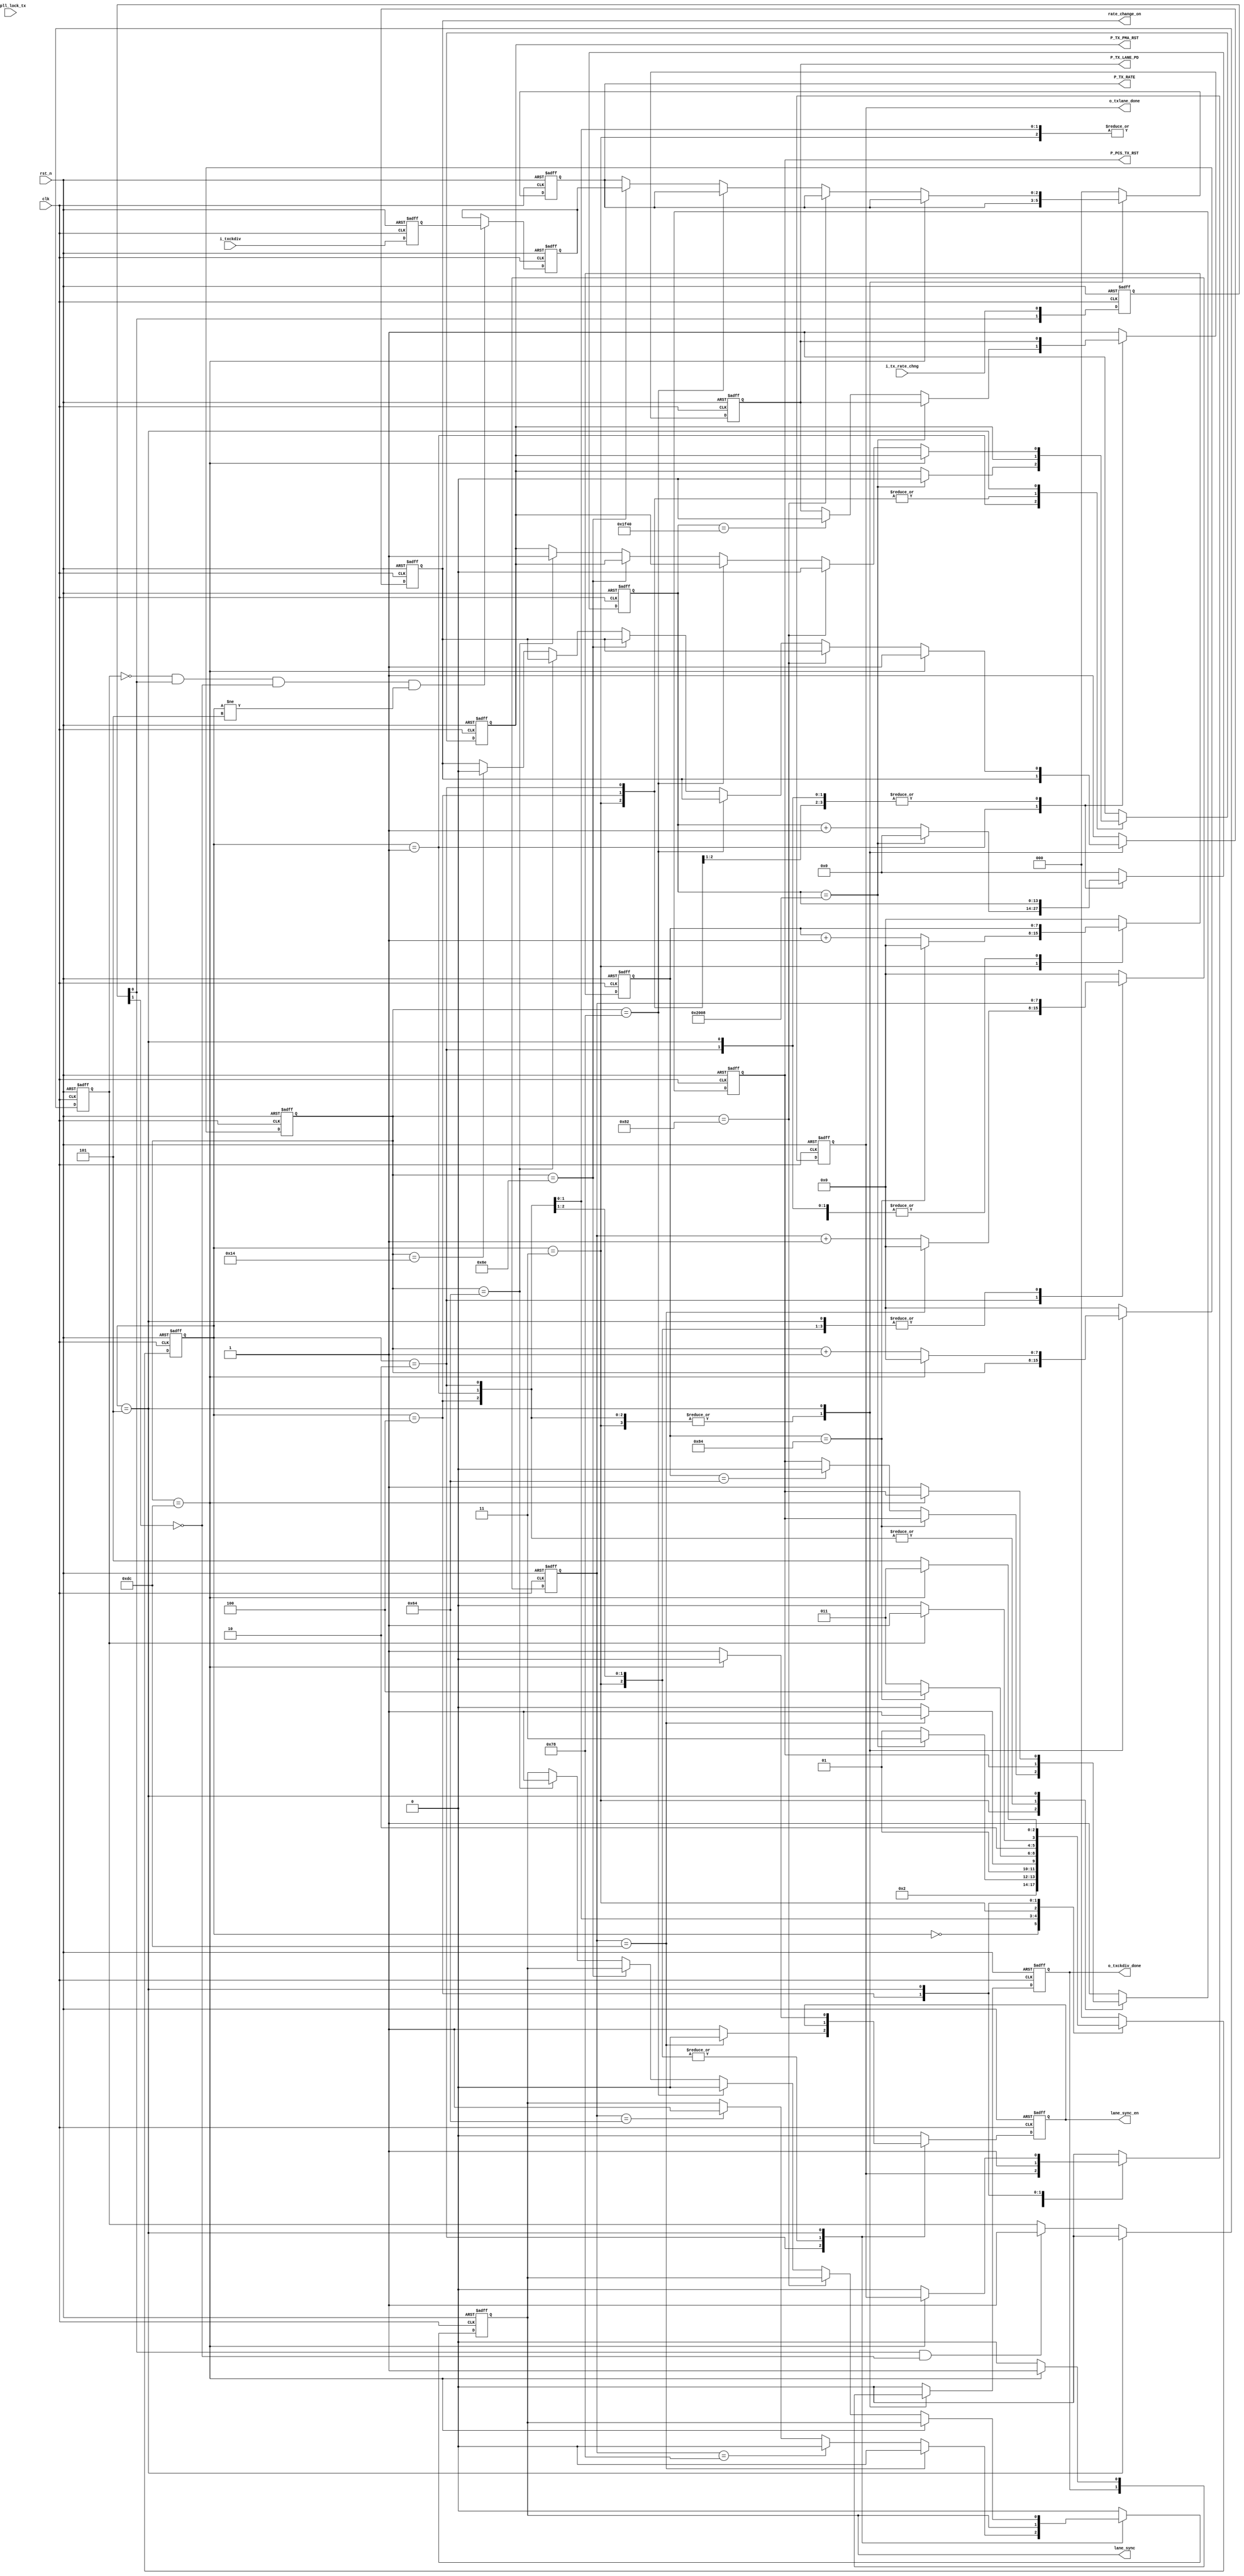
// This program was cloned from: https://github.com/flytt-away/FPGA-Video-Capture
// License: MIT License

///////////////////////////////////////////////////////////////////////////////
//
// Copyright (c) 2019 PANGO MICROSYSTEMS, INC
// ALL RIGHTS REVERVED.
//
// THE SOURCE CODE CONTAINED HEREIN IS PROPRIETARY TO PANGO MICROSYSTEMS, INC.
// IT SHALL NOT BE REPRODUCED OR DISCLOSED IN WHOLE OR IN PART OR USED BY
// PARTIES WITHOUT WRITTEN AUTHORIZATION FROM THE OWNER.
//
///////////////////////////////////////////////////////////////////////////////
//
// Library:
// Filename:
///////////////////////////////////////////////////////////////////////////////
`timescale 1ns/1ps
module  ipml_hsst_txlane_rst_fsm_v1_0#(
    parameter LANE_BONDING                = 1  , //enable bonding : 2 or 4 , disable bonding : 1
    parameter FREE_CLOCK_FREQ             = 100, //unit is MHz, free clock  freq from GUI
    parameter P_LX_TX_CKDIV               = 0  ,  //initial params
    parameter PCS_TX_CLK_EXPLL_USE_CH     =  "FALSE"     
)(
    // Reset and Clock
    input  wire                   clk                   ,
    input  wire                   rst_n                 ,
    // HSST Reset Control Signal
    input  wire                   i_tx_rate_chng        ,
    input  wire   [2:0]           i_txckdiv             ,
    input  wire                   i_pll_lock_tx         ,
    output reg                    P_TX_LANE_PD          ,
    output reg    [2:0]           P_TX_RATE             ,
    output reg                    P_TX_PMA_RST          , 
    output reg                    P_PCS_TX_RST          ,
    output reg                    o_txlane_done         ,
    output reg                    lane_sync             ,
    output reg                    lane_sync_en          ,
    output reg                    rate_change_on        ,
    output reg                    o_txckdiv_done       
);

localparam         CNTR0_WIDTH                        = 14;
localparam         CNTR1_WIDTH                        = 8;
localparam         CNTR2_WIDTH                        = 8;
localparam         CNTR3_WIDTH                        = 8;
//TX Lane Power Up
`ifdef IPML_HSST_SPEEDUP_SIM
localparam integer TX_PMA_RST_CNTR_VALUE             = 2*(2*FREE_CLOCK_FREQ);//add 50 percent margin
localparam integer TX_LANE_PD_CNTR_VALUE             = 2*(1*FREE_CLOCK_FREQ);//add 50 percent margin
`else
localparam integer TX_PMA_RST_CNTR_VALUE             = 2*(41*FREE_CLOCK_FREQ);//add 50 percent margin
localparam integer TX_LANE_PD_CNTR_VALUE             = 2*(40*FREE_CLOCK_FREQ);//add 50 percent margin
`endif
localparam integer TX_PCS_RST_CNTR_VALUE             = 2*(0.5*FREE_CLOCK_FREQ);//add 50 percent margin
localparam integer TX_RST_DONE_DLY_CNTR_VALUE        = 32;//add for txlane_done is active but fabric clock is none by wenbin at @2019.9.26
//TX LANE SYNC
localparam integer TX_LANE_SYNC_CNTR_R_VALUE         = 2*(0.5*FREE_CLOCK_FREQ);//add 50 percent margin
localparam integer TX_LANE_SYNC_CNTR_F_VALUE         = 2*(0.6*FREE_CLOCK_FREQ);//add 50 percent margin
localparam integer TX_LANE_SYNC_EN_CNTR_F_VALUE      = 2*(1.1*FREE_CLOCK_FREQ);//add 50 percent margin
//TX Lane Rate Change
localparam integer TX_RATE_CHANGE_ON_CNTR_F_VALUE    = 2*(0.1*FREE_CLOCK_FREQ);//add 50 percent margin
localparam integer TX_RATE_CHANGE_SYNC_CNTR_R_VALUE  = 2*(0.5*FREE_CLOCK_FREQ);//add 50 percent margin
localparam integer TX_RATE_CNTR_VALUE                = 2*(0.55*FREE_CLOCK_FREQ);//add 50 percent margin
localparam integer TX_RATE_CHANGE_SYNC_CNTR_F_VALUE  = 2*(0.6*FREE_CLOCK_FREQ);//add 50 percent margin
localparam integer TX_RATE_CHANGE_PMA_CNTR_F_VALUE   = 2*(0.65*FREE_CLOCK_FREQ);//add 50 percent margin
localparam integer TX_RATE_CHANGE_ON_CNTR_R_VALUE    = 2*(1.1*FREE_CLOCK_FREQ);//add 50 percent margin
//TX Lane FSM Status
localparam TX_LANE_IDLE   = 3'd0;
localparam TX_LANE_PMA    = 3'd1;
localparam TX_LANE_SYNC   = 3'd2;
localparam TX_LANE_PCS    = 3'd3;
localparam TX_DONE        = 3'd4;
localparam TX_CKDIV_ONLY  = 3'd5;
//****************************************************************************//
//                      Internal Signal                                       //
//****************************************************************************//
reg     [CNTR0_WIDTH-1: 0] cntr0             ;
reg     [CNTR1_WIDTH-1: 0] cntr1             ;
reg     [CNTR2_WIDTH-1: 0] cntr2             ;
reg     [CNTR3_WIDTH-1: 0] cntr3             ;
reg     [2            : 0] txlane_rst_fsm   ;
reg     [2            : 0] next_state       ;
reg     [1            : 0] i_tx_rate_chng_ff    ;
reg                       i_tx_rate_chng_posedge   ;
reg     [2            : 0] i_txckdiv_ff         ;
reg     [2            : 0] txckdiv              ;
wire                       expll_lock_tx    ;

//****************************************************************************//
//                      Sequential and Logic                                  //
//****************************************************************************//
assign expll_lock_tx = (PCS_TX_CLK_EXPLL_USE_CH  ==  "FALSE") ? 1'b1 : i_pll_lock_tx ;

always @(posedge clk or negedge rst_n) begin
    if(!rst_n) 
        i_tx_rate_chng_ff     <= 2'b0;
    else 
        i_tx_rate_chng_ff     <= {i_tx_rate_chng_ff[0],i_tx_rate_chng};
end

always @(posedge clk or negedge rst_n) begin
    if(!rst_n) 
        i_tx_rate_chng_posedge     <= 1'b0;
    else if (txlane_rst_fsm == TX_CKDIV_ONLY)
        i_tx_rate_chng_posedge     <= 1'b0;
    else if (i_tx_rate_chng_ff[0] & (!i_tx_rate_chng_ff[1]))
        i_tx_rate_chng_posedge     <= 1'b1;
end

always @(posedge clk or negedge rst_n) begin
    if(!rst_n) 
        i_txckdiv_ff     <= 3'b000;
    else 
        i_txckdiv_ff     <= i_txckdiv;
end

always @(posedge clk or negedge rst_n) begin
    if(!rst_n) 
        txckdiv                  <= 3'b000;
    else if (!i_tx_rate_chng_posedge && i_tx_rate_chng_ff[0] && (!i_tx_rate_chng_ff[1]) && txlane_rst_fsm != TX_CKDIV_ONLY)
        txckdiv                  <= i_txckdiv_ff;
    else ;
end

always @(posedge clk or negedge rst_n) begin
    if(!rst_n) begin
        txlane_rst_fsm     <=   TX_LANE_IDLE   ;
    end
    else begin
        txlane_rst_fsm     <=   next_state ;
    end
end

always@(*) begin
    case(txlane_rst_fsm)
        TX_LANE_IDLE    :
            next_state      = TX_LANE_PMA     ;
        TX_LANE_PMA     :
        begin
            if(cntr0 == TX_PMA_RST_CNTR_VALUE)
            begin
                if(LANE_BONDING != 1)
                    next_state    =    TX_LANE_SYNC    ;
                else if (expll_lock_tx)
                    next_state    =    TX_LANE_PCS     ;
                else
                    next_state    =    TX_LANE_PMA     ;
            end
            else
                next_state    =    TX_LANE_PMA     ;
        end
        TX_LANE_SYNC    :
        begin
            if(expll_lock_tx && (cntr1 == TX_LANE_SYNC_EN_CNTR_F_VALUE))
                next_state    =    TX_LANE_PCS     ;
            else
                next_state    =    TX_LANE_SYNC    ;
        end
        TX_LANE_PCS     :
        begin
            if(cntr2 == (TX_PCS_RST_CNTR_VALUE + TX_RST_DONE_DLY_CNTR_VALUE))
                next_state    =    TX_DONE     ;
            else
                next_state    =    TX_LANE_PCS     ;
        end
        TX_DONE    :
        begin
            if(i_tx_rate_chng_posedge)
                next_state    =    TX_CKDIV_ONLY     ;
            else
                next_state    =    TX_DONE     ;
        end
        TX_CKDIV_ONLY    :
        begin
            if(cntr3 == TX_RATE_CHANGE_ON_CNTR_R_VALUE)
                next_state    =    TX_LANE_PCS     ;
            else
                next_state    =    TX_CKDIV_ONLY     ;
        end
        default    :
        begin
            next_state    =    TX_LANE_IDLE     ;
        end
    endcase
end

always @(posedge clk or negedge rst_n)
begin
    if(!rst_n) 
    begin
        cntr0                  <= {CNTR0_WIDTH{1'b0}};
        cntr1                  <= {CNTR1_WIDTH{1'b0}};
        cntr2                  <= {CNTR2_WIDTH{1'b0}};
        cntr3                  <= {CNTR3_WIDTH{1'b0}};
        P_TX_LANE_PD           <= 1'b1;
        P_TX_PMA_RST           <= 1'b1; 
        lane_sync              <= 1'b0;
        lane_sync_en           <= 1'b0;
        rate_change_on         <= 1'b1;
        P_TX_RATE              <= P_LX_TX_CKDIV;
        P_PCS_TX_RST           <= 1'b1;
        o_txlane_done          <= 1'b0; 
        o_txckdiv_done         <= 1'b0; 
    end
    else
    begin
        case(txlane_rst_fsm)
            TX_LANE_IDLE    :
            begin
                cntr0                  <= {CNTR0_WIDTH{1'b0}};
                cntr1                  <= {CNTR1_WIDTH{1'b0}};
                cntr2                  <= {CNTR2_WIDTH{1'b0}};
                cntr3                  <= {CNTR3_WIDTH{1'b0}};
                P_TX_LANE_PD           <= 1'b1;
                P_TX_PMA_RST           <= 1'b1; 
                lane_sync              <= 1'b0;
                lane_sync_en           <= 1'b0;
                rate_change_on         <= 1'b1;
                P_TX_RATE              <= P_LX_TX_CKDIV;
                P_PCS_TX_RST           <= 1'b1;
                o_txlane_done          <= 1'b0; 
                o_txckdiv_done         <= 1'b0;
            end
            TX_LANE_PMA    :
            begin
                if(cntr0 == TX_PMA_RST_CNTR_VALUE)
                begin
                    P_TX_PMA_RST    <= 1'b0 ;
                    if((LANE_BONDING != 1) || expll_lock_tx)
                        cntr0                   <= {CNTR0_WIDTH{1'b0}};
                    else
                        cntr0                   <= cntr0              ;
                end
                else
                begin
                    cntr0                    <= cntr0 + {{CNTR0_WIDTH-1{1'b0}},{1'b1}};
                    if(cntr0 == TX_LANE_PD_CNTR_VALUE)
                        P_TX_LANE_PD        <= 1'b0        ;
                    else
                        P_TX_LANE_PD        <= P_TX_LANE_PD;
                end
            end
            TX_LANE_SYNC    :
            begin
                if(cntr1 == TX_LANE_SYNC_EN_CNTR_F_VALUE)
                begin
                    lane_sync_en               <= 1'b0 ;
                    lane_sync                  <= 1'b0 ;
                    if(expll_lock_tx)
                        cntr1                   <= {CNTR1_WIDTH{1'b0}};
                    else
                        cntr1                   <= cntr1 ;
                end
                else
                begin
                    lane_sync_en               <= 1'b1 ;
                    cntr1                       <= cntr1 + {{CNTR1_WIDTH-1{1'b0}},{1'b1}};
                    if(cntr1 == TX_LANE_SYNC_CNTR_F_VALUE)
                        lane_sync              <= 1'b0     ;
                    else if (cntr1 == TX_LANE_SYNC_CNTR_R_VALUE)
                        lane_sync              <= 1'b1      ;
                    else
                        lane_sync              <= lane_sync ;
                end
            end
            TX_LANE_PCS    :
            begin
                if(cntr2 == (TX_PCS_RST_CNTR_VALUE + TX_RST_DONE_DLY_CNTR_VALUE))
                    cntr2                <= {CNTR2_WIDTH{1'b0}};
                else
                begin
                    cntr2         <= cntr2 + {{CNTR2_WIDTH-1{1'b0}},{1'b1}};
                    if(cntr2 == TX_PCS_RST_CNTR_VALUE)
                        P_PCS_TX_RST    <= 1'b0         ;
                    else 
                        P_PCS_TX_RST    <= P_PCS_TX_RST ;
                end
            end
            TX_DONE    :
            begin
                o_txlane_done    <= 1'b1 ;
            end
            TX_CKDIV_ONLY    :
            begin
                if(cntr3 == TX_RATE_CHANGE_ON_CNTR_R_VALUE)
                begin
                    cntr3                <= {CNTR3_WIDTH{1'b0}};
                    lane_sync_en        <= 1'b0 ;
                    o_txckdiv_done      <= 1'b1 ;
                    rate_change_on      <= 1'b1 ;
                end
                else
                begin
                    cntr3                <= cntr3 + {{CNTR3_WIDTH-1{1'b0}},{1'b1}};
                    o_txckdiv_done      <= 1'b0 ;
                    o_txlane_done       <= 1'b0 ;
                    P_PCS_TX_RST        <= 1'b1 ;
                    lane_sync_en        <= 1'b1 ;
                    if(cntr3 == TX_RATE_CHANGE_PMA_CNTR_F_VALUE)
                        P_TX_PMA_RST    <= 1'b0 ;
                    else if (cntr3 == TX_RATE_CHANGE_SYNC_CNTR_F_VALUE)
                        lane_sync       <= 1'b0 ;
                    else if (cntr3 == TX_RATE_CNTR_VALUE)
                        P_TX_RATE       <= txckdiv ;
                    else if (cntr3 == TX_RATE_CHANGE_SYNC_CNTR_R_VALUE)
                    begin
                        P_TX_PMA_RST    <= 1'b1 ;
                        lane_sync       <= 1'b1 ;
                    end
                    else if (cntr3 == TX_RATE_CHANGE_ON_CNTR_F_VALUE)
                        rate_change_on  <= 1'b0 ;
                end
            end
            default    :
            begin
                cntr0                  <= {CNTR0_WIDTH{1'b0}};
                cntr1                  <= {CNTR1_WIDTH{1'b0}};
                cntr2                  <= {CNTR2_WIDTH{1'b0}};
                cntr3                  <= {CNTR3_WIDTH{1'b0}};
                P_TX_LANE_PD           <= 1'b1;
                P_TX_PMA_RST           <= 1'b1; 
                lane_sync              <= 1'b0;
                lane_sync_en           <= 1'b0;
                rate_change_on         <= 1'b1;
                P_TX_RATE              <= P_LX_TX_CKDIV;
                P_PCS_TX_RST           <= 1'b1;
                o_txlane_done          <= 1'b0; 
                o_txckdiv_done         <= 1'b0;
            end
        endcase
    end
end

endmodule